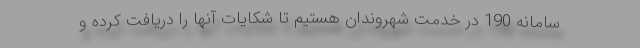
سامانه 190 در خدمت شهروندان هستیم تا شکایات آنها را دریافت کرده و